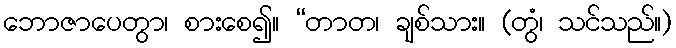
ဘောဇာပေတွာ၊ စားစေ၍။ “တာတ၊ ချစ်သား။ (တွံ၊ သင်သည်။)